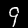
Label: 9